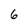
Character: 6